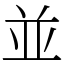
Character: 並